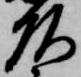
頭